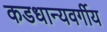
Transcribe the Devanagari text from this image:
कडधान्यवर्गीय